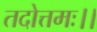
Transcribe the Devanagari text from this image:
तदोत्तमः।।